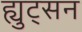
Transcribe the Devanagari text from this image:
ह्युट्सन